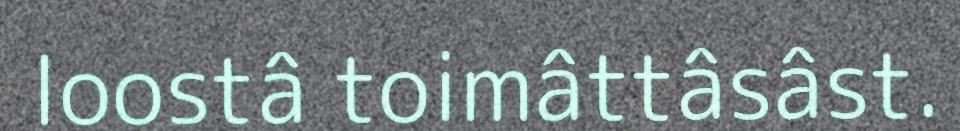
loostâ toimâttâsâst.